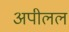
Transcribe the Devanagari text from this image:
अपीलल